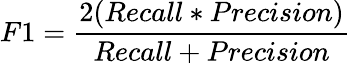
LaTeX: F1=\frac{2(Recall*Precision)}{Recall+Precision}